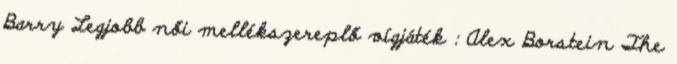
Barry Legjobb női mellékszereplő vígjáték : Alex Borstein The